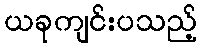
ယခုကျင်းပသည့်